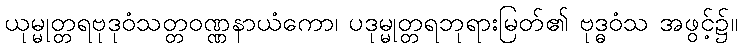
ယုမ္မုတ္တရဗုဒုဝံသတ္တဝဏ္ဏနာယံကော၊ ပဒုမ္မုတ္တရဘုရားမြတ်၏ ဗုဒ္ဓဝံသ အဖွင့်၌။